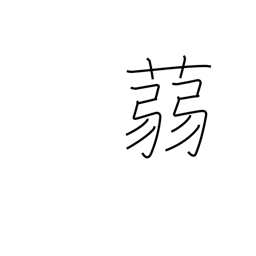
Meaning: a kind of water plant